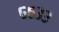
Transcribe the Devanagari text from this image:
६६३३